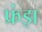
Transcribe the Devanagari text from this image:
फ्रंझ